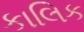
કાલિક